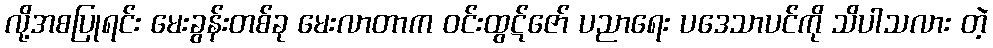
လို့အစပြုရင်း မေးခွန်းတစ်ခု မေးလာတာက ဝင်းထွဋ်ဇော် ပညာရေး ပဒေသာပင်ကို သိပါသလား တဲ့